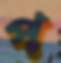
প